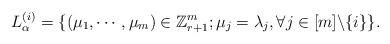
LaTeX: \begin{align*}L^{(i)}_\alpha=\{(\mu_1,\cdots,\mu_m)\in\mathbb Z_{r+1}^m;\mu_j=\lambda_j, \forall j\in[m]\backslash\{i\}\}.\end{align*}